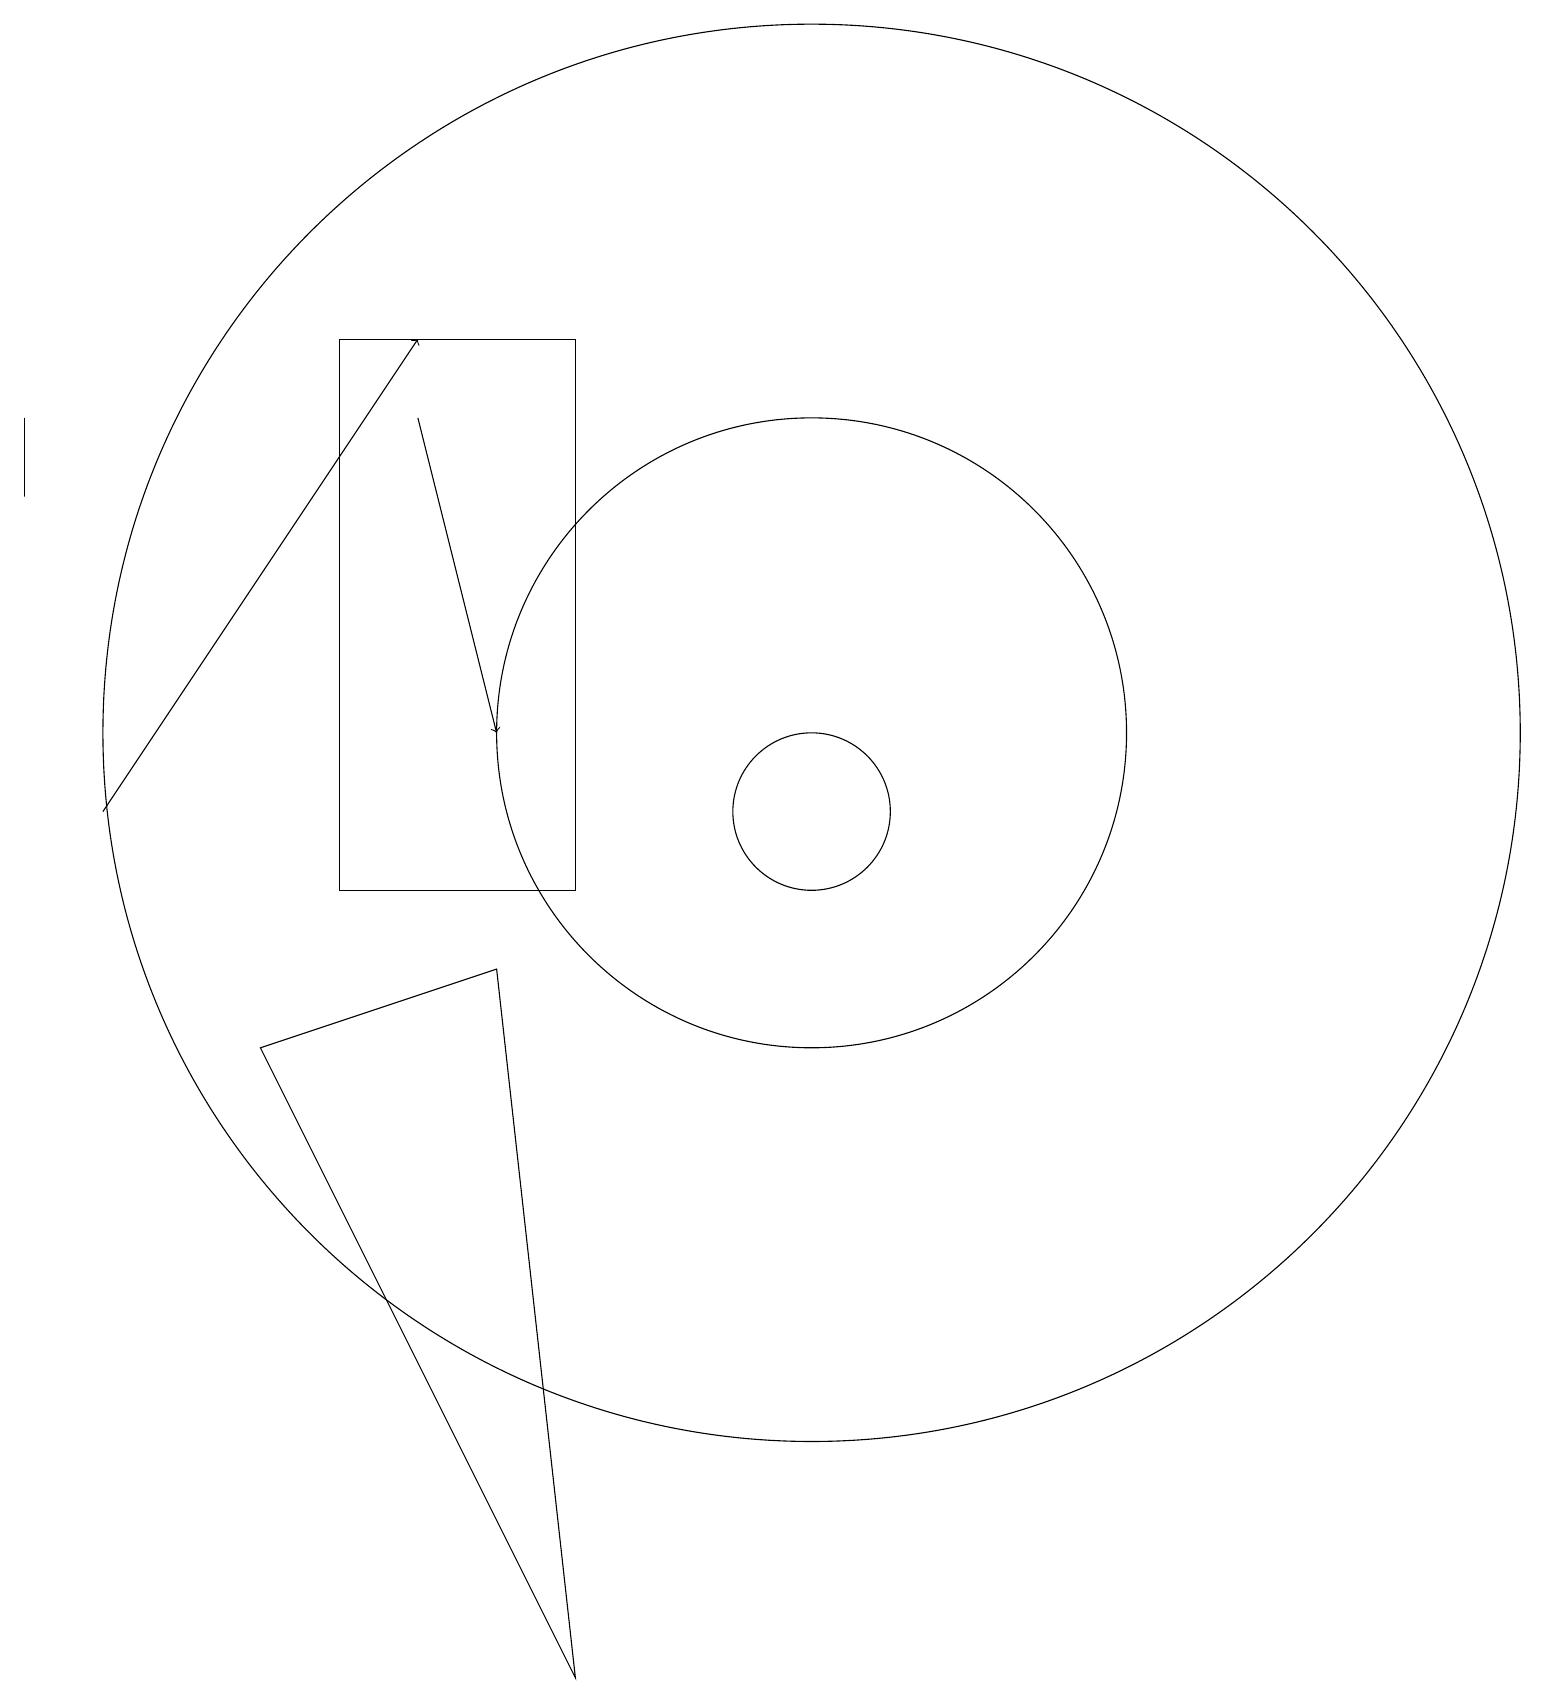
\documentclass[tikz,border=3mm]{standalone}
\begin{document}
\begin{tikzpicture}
\draw (1,16) rectangle (1,15);
\draw (11,12) circle (9);
\draw[->] (6,16) -- (7,12);
\draw[->] (2,11) -- (6,17);
\draw (5,10) rectangle (8,17);
\draw (4,8) -- (8,0) -- (7,9) -- cycle;
\draw (11,12) circle (4);
\draw (11,11) circle (1);
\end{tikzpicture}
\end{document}